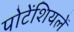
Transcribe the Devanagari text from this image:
पोटेंशियलें